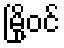
မြို့ဝင်